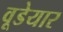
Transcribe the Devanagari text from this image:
वूडेयार